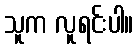
သူက လူရင်းပါ။